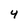
Character: 4